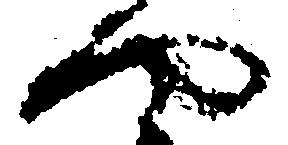
や